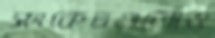
সংকেতগুলোও